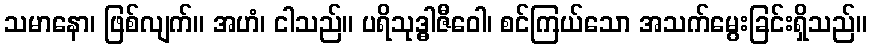
သမာနော၊ ဖြစ်လျက်။ အဟံ၊ ငါသည်။ ပရိသုဒ္ဓါဇီဝေါ၊ စင်ကြယ်သော အသက်မွေးခြင်းရှိသည်။